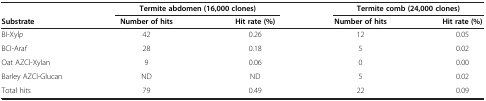
|  | <COLSPAN=2> Termite abdomen (16,000 clones) | <COLSPAN=2> Termite comb (24,000 clones) |
 | Substrate | Number of hits | Hit rate (%) | Number of hits | Hit rate (%) |
 | --- | --- | --- | --- | --- |
 | BI-Xylp | 42 | 0.26 | 12 | 0.05 |
 | BCI-Araf | 28 | 0.18 | 5 | 0.02 |
 | Oat AZCl-Xylan | 9 | 0.06 | 0 | 0.00 |
 | Barley AZCl-Glucan | ND | ND | 5 | 0.02 |
 | Total hits | 79 | 0.49 | 22 | 0.09 |